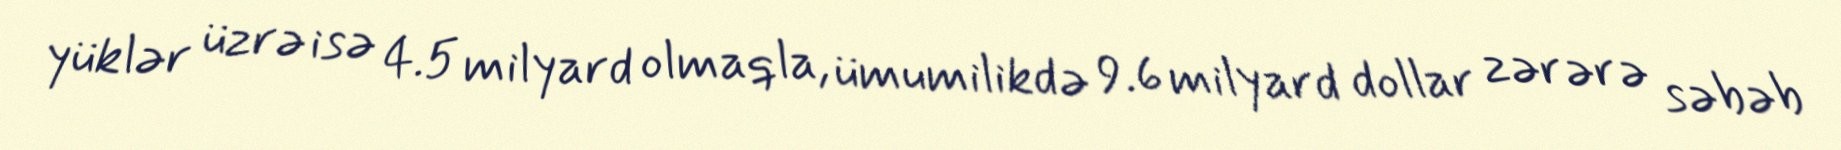
yüklər üzrə isə 4.5 milyard olmaqla, ümumilikdə 9.6 milyard dollar zərərə səbəb